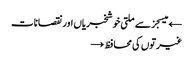
← میسجز سے ملتی خوشخبریاں اور نقصانات
غیرتوں کی محافظ →